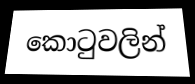
කොටුවලින්